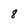
Character: 8